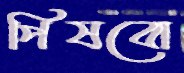
পিষবো